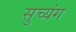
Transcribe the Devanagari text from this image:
सुच्यंग